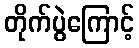
တိုက်ပွဲကြောင့်